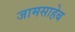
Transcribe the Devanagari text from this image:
जामसाहेब